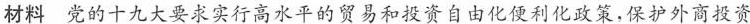
材料 党的十九大要求实行高水平的贸易和投资自由化便利化政策，保护外商投资